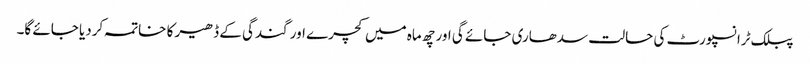
پبلک ٹرانسپورٹ کی حالت سدھاری جائے گی اور چھ ماہ میں کچرے اور گندگی کے ڈھیر کا خاتمہ کردیا جائے گا۔